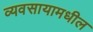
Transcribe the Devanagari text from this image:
व्यवसायामधील